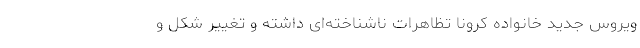
ویروس جدید خانواده کرونا تظاهرات ناشناخته‌ای داشته و تغییر شکل و